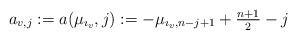
LaTeX: \begin{align*}a_{v,j}:=a(\mu_{\imath_v},j):=-\mu_{\imath_v,n-j+1}+\tfrac{n+1}{2}-j\end{align*}